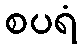
စပရံ